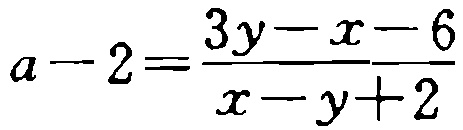
\(a - 2=\frac{3y - x - 6}{x - y + 2}\)